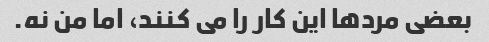
بعضی مردها این کار را می کنند، اما من نه.